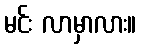
မင်း လာမှာလား။